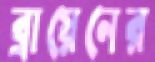
ব্রায়েনের